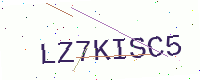
Text: LZ7KISC5